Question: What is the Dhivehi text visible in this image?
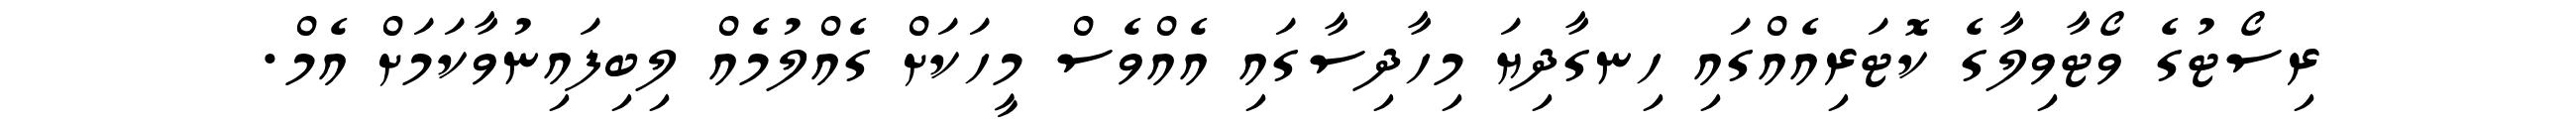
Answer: ރިސޯޓުގެ ވޯޓާވިލާގެ ކޮޓަރިއެއްގައި ހިނގާދިޔަ މިހާދިސާގައި އެއްވެސް މީހަކަށް ގެއްލުމެއް ލިބިފައިނުވާކަމަށް އެމް.